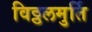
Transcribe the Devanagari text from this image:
विठ्ठलमुर्ति